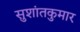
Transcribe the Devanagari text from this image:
सुशांतकुमार